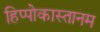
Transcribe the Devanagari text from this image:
हिप्पोकास्तानम